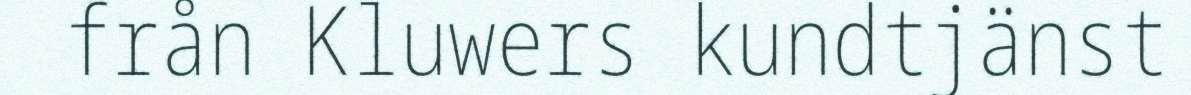
från Kluwers kundtjänst